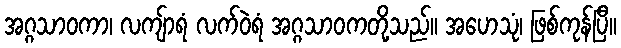
အဂ္ဂသာဝကာ၊ လကျ်ာရံ လက်ဝဲရံ အဂ္ဂသာဝကတို့သည်။ အဟေသုံ၊ ဖြစ်ကုန်ပြီ။